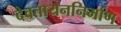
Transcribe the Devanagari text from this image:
देवतायननिर्माण